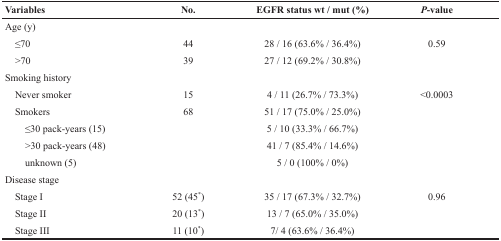
<table><thead><tr><td><b>Variables</b></td><td><b>No.</b></td><td><b>EGFR status wt / mut (%)</b></td><td><b><i>P</i>-value</b></td></tr></thead><tbody><tr><td>Age (y)</td><td></td><td></td><td></td></tr><tr><td> ≤70</td><td>44</td><td>28 / 16 (63.6% / 36.4%)</td><td>0.59</td></tr><tr><td> &gt;70</td><td>39</td><td>27 / 12 (69.2% / 30.8%)</td><td></td></tr><tr><td>Smoking history</td><td></td><td></td><td></td></tr><tr><td> Never smoker</td><td>15</td><td>4 / 11 (26.7% / 73.3%)</td><td>&lt;0.0003</td></tr><tr><td> Smokers</td><td>68</td><td>51 / 17 (75.0% / 25.0%)</td><td></td></tr><tr><td>≤30 pack-years (15)</td><td></td><td>5 / 10 (33.3% / 66.7%)</td><td></td></tr><tr><td>&gt;30 pack-years (48)</td><td></td><td>41 / 7 (85.4% / 14.6%)</td><td></td></tr><tr><td>unknown (5)</td><td></td><td>5 / 0 (100% / 0%)</td><td></td></tr><tr><td>Disease stage</td><td></td><td></td><td></td></tr><tr><td> Stage I</td><td>52 (45<sup>*</sup>)</td><td>35 / 17 (67.3% / 32.7%)</td><td>0.96</td></tr><tr><td> Stage II</td><td>20 (13<sup>*</sup>)</td><td>13 / 7 (65.0% / 35.0%)</td><td></td></tr><tr><td> Stage III</td><td>11 (10<sup>*</sup>)</td><td>7/ 4 (63.6% / 36.4%)</td><td></td></tr></tbody></table>